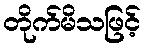
တိုက်မိသဖြင့်